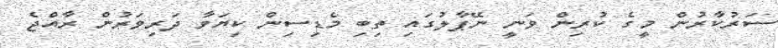
ސަރުކާރުން މީގެ ކުރިން ވަނީ ނޭޕާލުގައި ތިބި މެޑިސިން ކިޔަވާ ދަރިވަރުން ރާއްޖެ